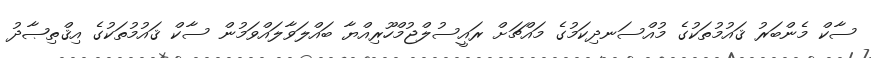
ސާކް މެންބަރު ޤައުމުތަކުގެ މުއްސަނދިކަމުގެ މައްޗަށް ރައީސުލްޖުމްހޫރިއްޔާ ބައްލަވާލައްވަމުން ސާކް ޤައުމުތަކުގެ އިޤްތިޞާދު